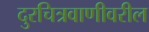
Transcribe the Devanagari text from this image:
दुरचित्रवाणीवरील